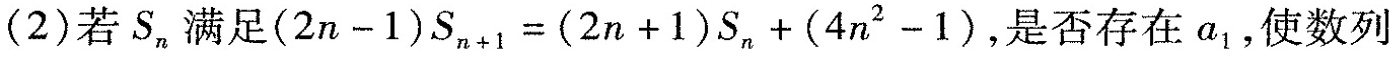
(2)若S_{n}满足$$( 2 n - 1 ) S _ { n + 1 } = ( 2 n + 1 ) S _ { n } + ( 4 n ^ { 2 } - 1 )$$，是否存在a_{1}，使数列